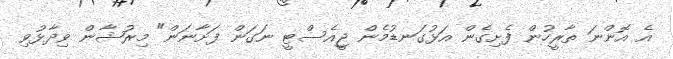
އެ އޮންނަ ތާރީހުން ފެށިގެން އަޅުގަނޑުމެން ޖީއެސްޓީ ނަގަން ފަށާނަން" މިރުޝާން ވިދާޅުވި